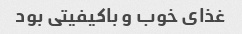
غذای خوب و باکیفیتی بود